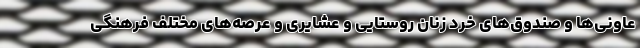
عاونی‌ها و صندوق‌های خرد زنان روستایی و عشایری و عرصه‌های مختلف فرهنگی